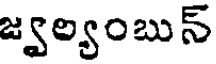
జ్వల్యంబున్